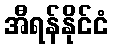
အီရန်နိုင်ငံ